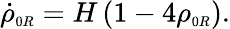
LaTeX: \dot{\rho}_{\scriptscriptstyle 0R}=H\, (1-4\rho_{\scriptscriptstyle 0R}).